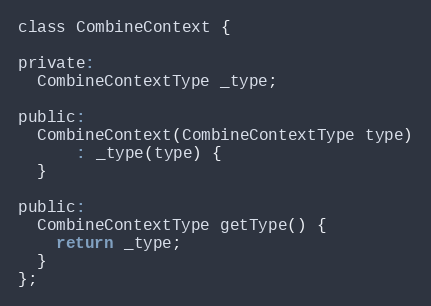
Language: C
class CombineContext {

private:
  CombineContextType _type;

public:
  CombineContext(CombineContextType type)
      : _type(type) {
  }

public:
  CombineContextType getType() {
    return _type;
  }
};